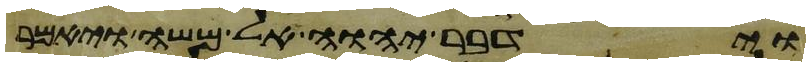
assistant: וידבר יהוה אל משה ויאמר